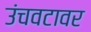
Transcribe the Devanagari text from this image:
उंचवटावर